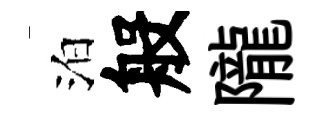
泊般隴